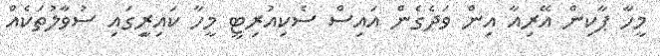
މީހާ ޕާކިން އޭރިއާ އިން ވަދެގެން އައިސް ސެކިއުރިޓީ މީހާ ކައިރިީގައި ސުވާލުތަކެއް